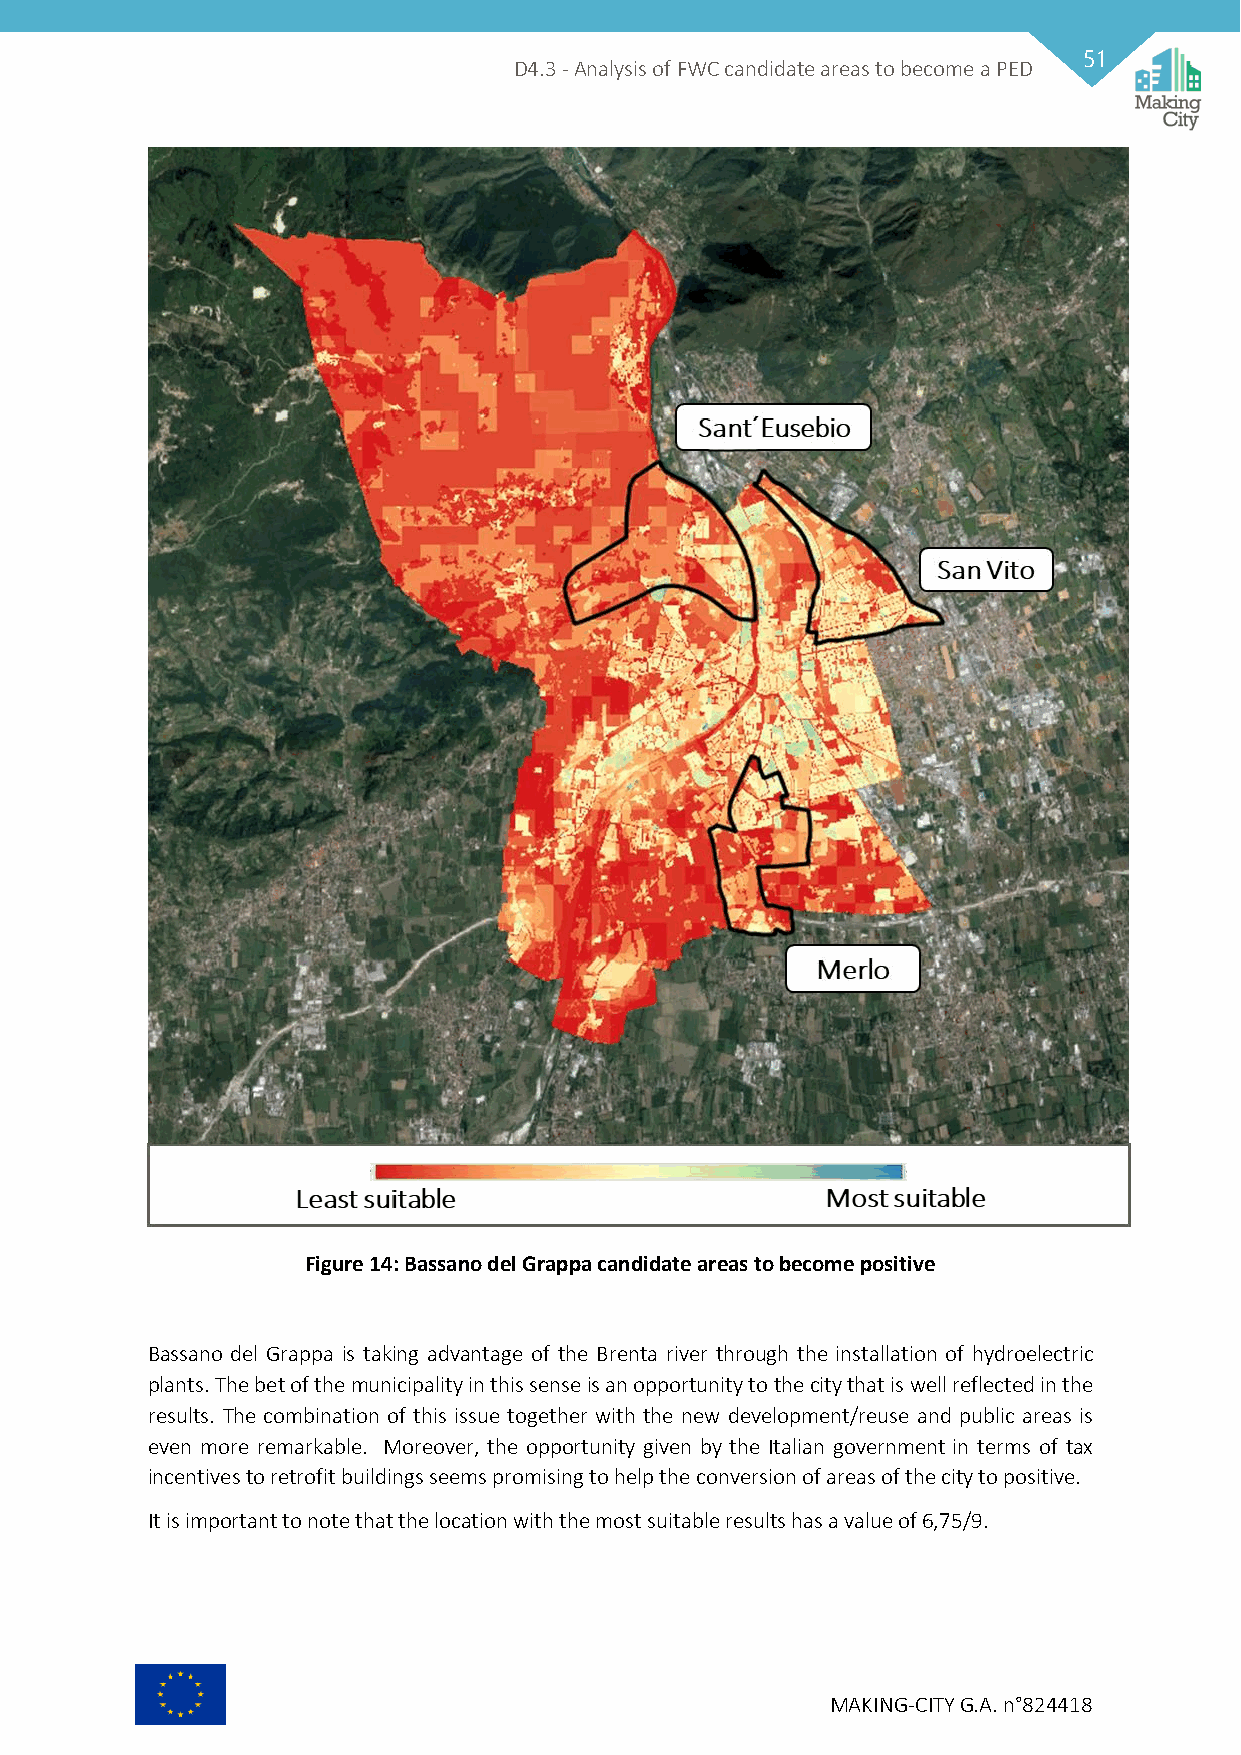
51
 D4.3 - Analysis of FWC candidate areas to become a PED
 Figure 14: Bassano del Grappa candidate areas to become positive
 Bassano del Grappa is taking advantage of the Brenta river through the installation of hydroelectric
 plants. The bet of the municipality in this sense is an opportunity to the city that is well reflected in the
 results. The combination of this issue together with the new development/reuse and public areas is
 even more remarkable. Moreover, the opportunity given by the Italian government in terms of tax
 incentives to retrofit buildings seems promising to help the conversion of areas of the city to positive.
 It is important to note that the location with the most suitable results has a value of 6,75/9.
 MAKING-CITY G.A. n°824418